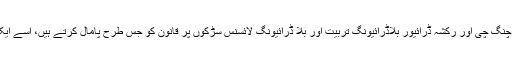
لاہور میں لاکھوں کی تعداد میں موٹرسائیکل سوار، چنگ چی اور رکشہ ڈرائیور بلاڈرائیونگ تربیت اور بلا ڈرائیونگ لائسنس سڑکوں پر قانون کو جس طرح پامال کرتے ہیں، اسے ایک ناکام سماج اور ناکام ریاست نہ کہیں تو کیا کہیں؟